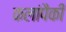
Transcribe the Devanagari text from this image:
कलांपैकी